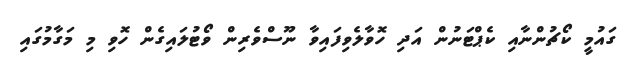
ގައުމީ ކޯޗުންނާއި ކެޕްޓަނުން އަދި ހޮވާލެވިފައިވާ ނޫސްވެރިން ވޯޓުލައިގެން ހޮވި މި މަގާމުގައި